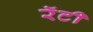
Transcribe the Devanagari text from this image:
रॅटी